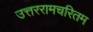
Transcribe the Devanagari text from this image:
उत्तररामचरितम